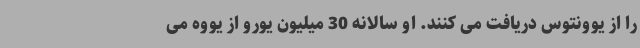
را از یوونتوس دریافت می کنند. او سالانه 30 میلیون یورو از یووه می